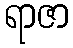
ရာဇာ